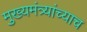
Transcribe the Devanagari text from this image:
मुख्यमंत्र्यांच्याच